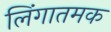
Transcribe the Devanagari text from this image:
लिंगातमक